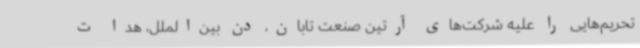
تحریم‌هایی را علیه شرکت‌های آرتین صنعت تابان، دن بین‌الملل، هدا ت